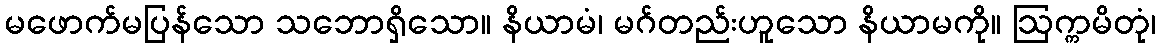
မဖောက်မပြန်သော သဘောရှိသော။ နိယာမံ၊ မဂ်တည်းဟူသော နိယာမကို။ ဩက္ကမိတုံ၊